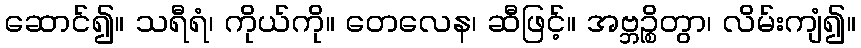
ဆောင်၍။ သရီရံ၊ ကိုယ်ကို။ တေလေန၊ ဆီဖြင့်။ အဗ္ဘဉ္စိတွာ၊ လိမ်းကျံ၍။